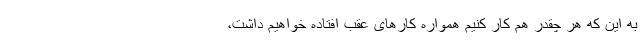
به این که هر چقدر هم کار کنیم همواره کارهای عقب افتاده خواهیم داشت،